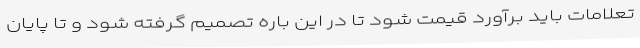
تعلامات باید برآورد قیمت شود تا در این باره تصمیم گرفته شود و تا پایان